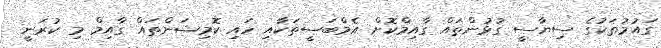
ގައުމުތަކުގެ ސިޔާސީ ގުޅުންތައް ގާއިމްކޮށް އެމްބަސީތަކާއި ހައި ކޮމިޝަންތައް ގާއިމް މި ކުރަނީ